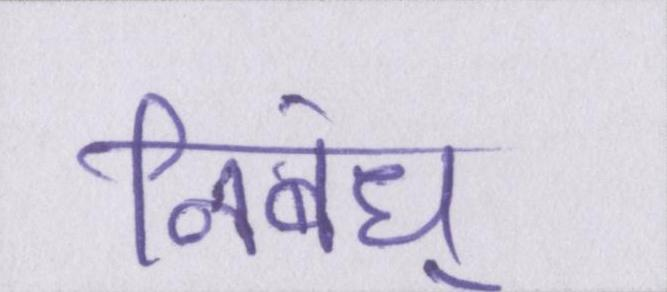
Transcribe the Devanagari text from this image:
निबंध्